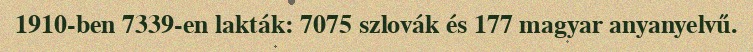
1910-ben 7339-en lakták: 7075 szlovák és 177 magyar anyanyelvű.